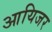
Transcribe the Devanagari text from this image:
आयिजर